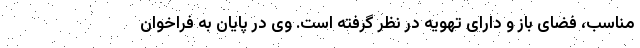
مناسب، فضای باز و دارای تهویه در نظر گرفته است. وی در پایان به فراخوان